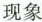
现象